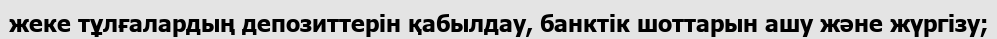
жеке тұлғалардың депозиттерін қабылдау, банктік шоттарын ашу және жүргізу;